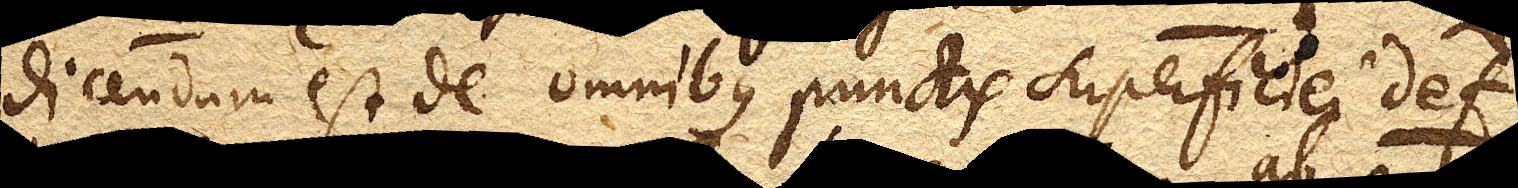
dicendum est de omnibus punctis superficiei def